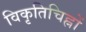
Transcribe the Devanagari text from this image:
विकृतिचिह्नों